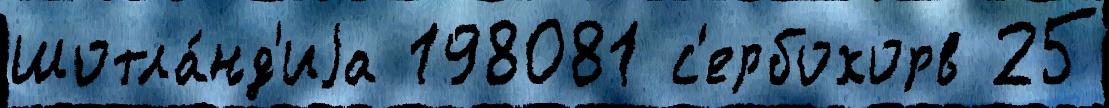
Шотла́нд'иjа 198081 с'ербохорв 25